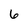
Character: 6